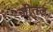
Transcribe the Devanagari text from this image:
जीतल